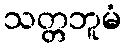
သတ္တဘူမံ